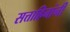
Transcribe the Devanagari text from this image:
सत्ताहिनांनी